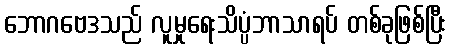
ဘောဂဗေဒသည် လူမှုရေးသိပ္ပံဘာသာရပ် တစ်ခုဖြစ်ပြီး